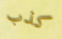
كذب